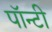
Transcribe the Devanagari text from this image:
पॉन्टी